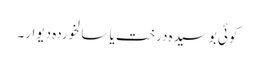
کوئی بوسیدہ درخت یا سالخوردہ دیوار۔